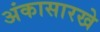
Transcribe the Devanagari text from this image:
अंकासारखे